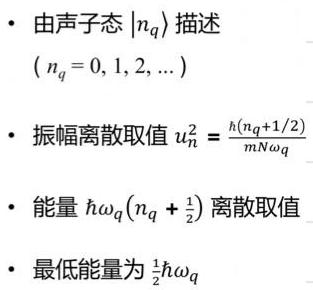
- 由声子态 \(|n_q\rangle\) 描述
  \((n_q = 0, 1, 2, \ldots)\)
- 振幅离散取值 \(u_n^2 = \frac{\hbar(n_q + 1/2)}{m N \omega_q}\)
- 能量 \(\hbar\omega_q(n_q + \frac{1}{2})\) 离散取值
- 最低能量为 \(\frac{1}{2}\hbar\omega_q\)